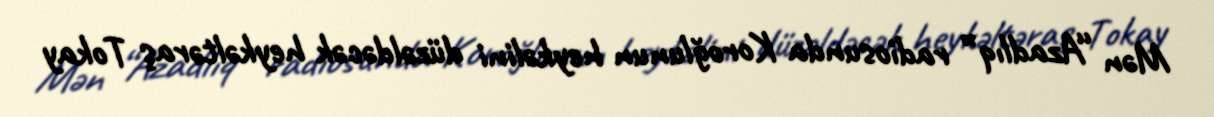
Mən “Azadlıq” radiosunda Koroğlunun heykəlini düzəldəcək heykəltəraş Tokay